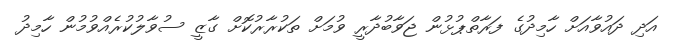
އަދި ދައުވާއަށް ހާމިދުގެ ފަރާތްޕުޅުން ޖަވާބުދާރީ ވުމަށް ތަކުރާރުކޮށް ގާޒީ ސުވާލުކުރެއްވުމުން ހާމިދު